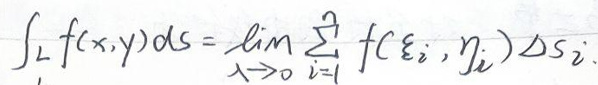
\(\int_{L} f(x,y)ds = \lim_{\lambda \to 0} \sum_{i = 1}^{n} f(\xi_i,\eta_i)\Delta s_i\)